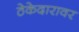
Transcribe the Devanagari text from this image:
ठेकेदारावर